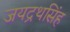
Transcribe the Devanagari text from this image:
जयद्रथसिंह